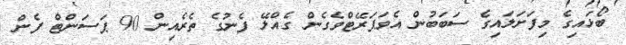
ބޯޅައިގެ މިފަށަލައިގެ ސަބަބުން އެވަޕަރޭޓްވެގެން ގެއްލޭ ފެނުގެ ތެރެއިން 90 ޕަސަންޓް ފެން